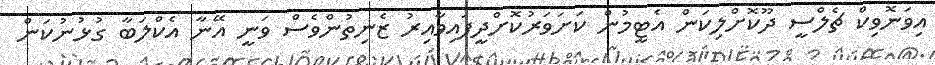
އިވަނޮވިކް ޗެލްސީ ދޫކޮށްލިކަން އެޓީމުން ކަށަވަރުކޮށްދީފައިވާއިރު ޒެނިތުންވެސް ވަނީ އޭނާ އެކްލަބާ ގުޅުނުކަން